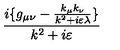
\frac { i \{ g _ { \mu \nu } - \frac { k _ { \mu } k _ { \nu } } { k ^ { 2 } + i \varepsilon \lambda } \} } { k ^ { 2 } + i \varepsilon }